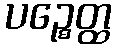
ပဉ္စေတ္ထ